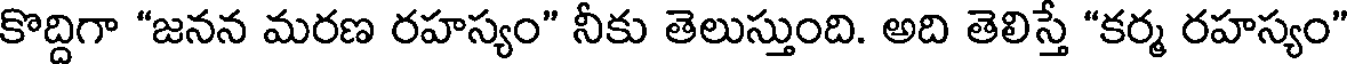
కొద్దిగా "జనన మరణ రహస్యం" నీకు తెలుస్తుంది. అది తెలిస్తే "కర్మ రహస్యం"